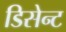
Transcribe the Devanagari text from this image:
डिसेन्ट